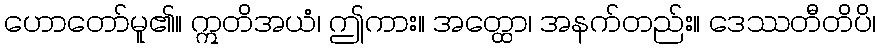
ဟောတော်မူ၏။ ဣတိအယံ၊ ဤကား။ အတ္ထော၊ အနက်တည်း။ ဒေဿတီတိပိ၊